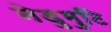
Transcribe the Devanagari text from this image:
नेडुमुटि